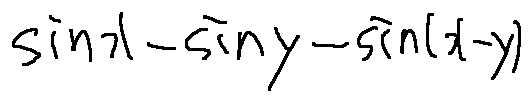
\sin x - \sin y - \sin ( x - y )